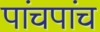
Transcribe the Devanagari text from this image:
पांचपांच